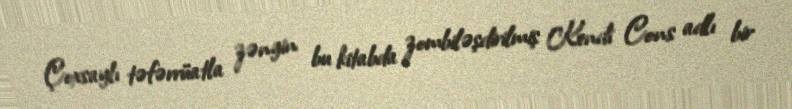
Çoxsaylı təfərrüatla zəngin bu kitabda zombiləşdirilmiş Kendi Cons adlı bir